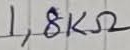
Text: 1,8KΩ